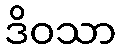
ဒိဝသာ